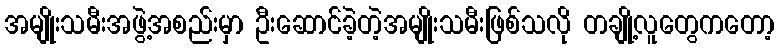
အမျိုးသမီးအဖွဲ့အစည်းမှာ ဦးဆောင်ခဲ့တဲ့အမျိုးသမီးဖြစ်သလို တချို့လူတွေကတော့